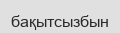
бақытсызбын